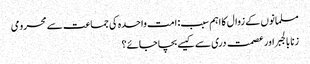
مسلمانوں کے زوال کا اہم سبب: امت واحدہ کی جماعت سے محرومی
زنا بالجبر اور عصمت دری سے کیسے بچا جائے؟